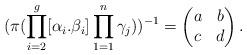
LaTeX: \begin{align*}(\pi(\prod_{i=2}^g[\alpha_i.\beta_i]\prod_{1=1}^n\gamma_j))^{-1}=\begin{pmatrix}a&b\\c&d\end{pmatrix}.\end{align*}